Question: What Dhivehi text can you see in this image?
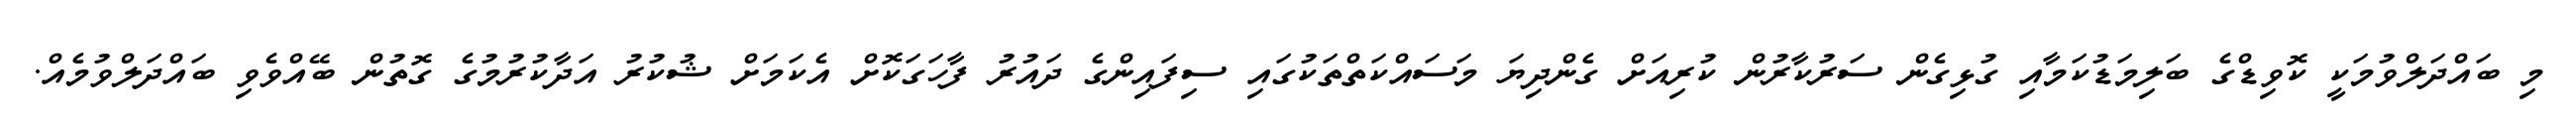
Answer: މި ބައްދަލްވުމަކީ ކޮވިޑްގެ ބަލިމަޑުކަމާއި ގުޅިގެން ސަރުކާރުން ކުރިއަށް ގެންދިޔަ މަސައްކަތްތަކުގައި ސިފައިންގެ ދައުރު ފާހަގަކޮށް އެކަމަށް ޝުކުރު އަދާކުރުމުގެ ގޮތުން ބޭއްވެވި ބައްދަލްވުމެއް.